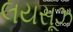
લયસૂઝ